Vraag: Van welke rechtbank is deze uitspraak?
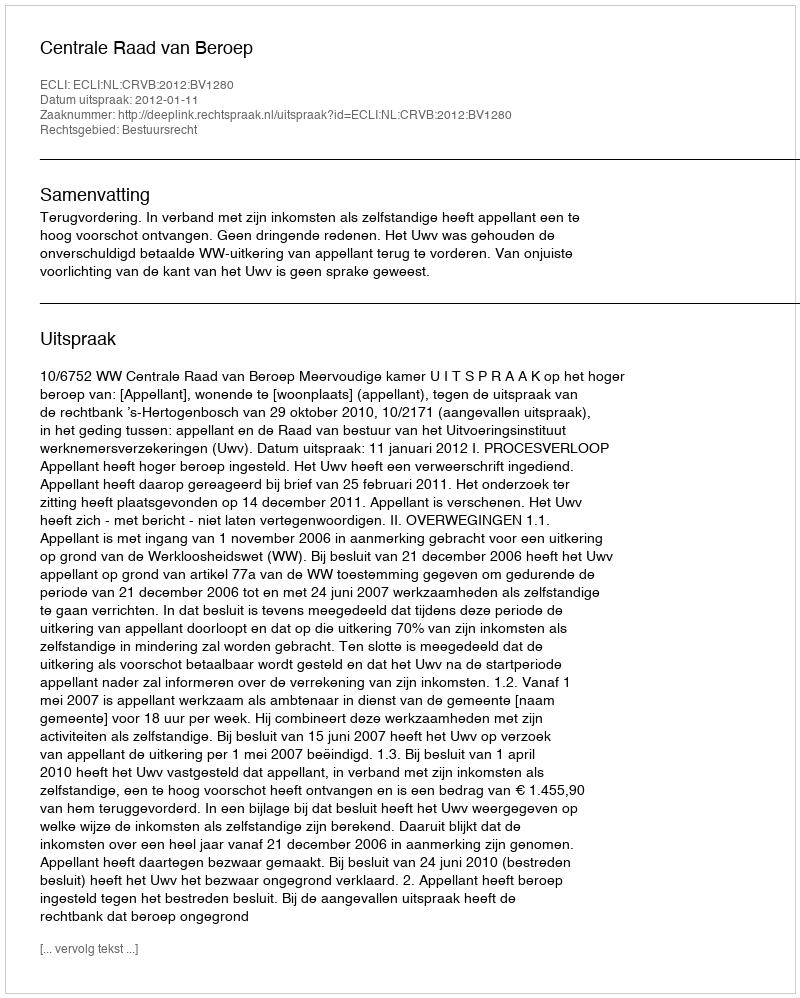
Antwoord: Centrale Raad van Beroep